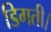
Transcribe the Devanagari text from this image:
डिगती।